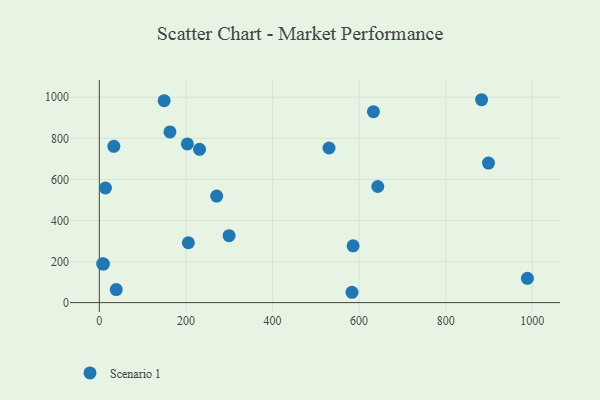
{"axis": {"x": "Study Hours", "y": "Sales"}, "legend": ["Scenario 1"], "data": [{"x": "530.5", "y": 753.1, "type": "Scenario 1"}, {"x": "988.6", "y": 118.3, "type": "Scenario 1"}, {"x": "299.7", "y": 326.2, "type": "Scenario 1"}, {"x": "643.1", "y": 565.4, "type": "Scenario 1"}, {"x": "149.7", "y": 983.4, "type": "Scenario 1"}, {"x": "14.1", "y": 558.1, "type": "Scenario 1"}, {"x": "271.0", "y": 518.7, "type": "Scenario 1"}, {"x": "205.6", "y": 291.6, "type": "Scenario 1"}, {"x": "39.0", "y": 63.5, "type": "Scenario 1"}, {"x": "33.5", "y": 761.0, "type": "Scenario 1"}, {"x": "163.1", "y": 831.2, "type": "Scenario 1"}, {"x": "586.1", "y": 276.4, "type": "Scenario 1"}, {"x": "583.5", "y": 50.4, "type": "Scenario 1"}, {"x": "9.5", "y": 187.8, "type": "Scenario 1"}, {"x": "7.6", "y": 188.8, "type": "Scenario 1"}, {"x": "898.8", "y": 679.6, "type": "Scenario 1"}, {"x": "882.8", "y": 988.1, "type": "Scenario 1"}, {"x": "231.4", "y": 746.6, "type": "Scenario 1"}, {"x": "203.3", "y": 772.7, "type": "Scenario 1"}, {"x": "633.1", "y": 929.8, "type": "Scenario 1"}]}